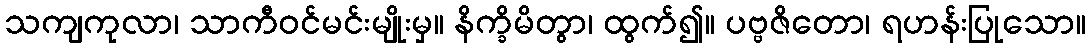
သကျကုလာ၊ သာကီဝင်မင်းမျိုးမှ။ နိက္ခိမိတွာ၊ ထွက်၍။ ပဗ္ဗဇိတော၊ ရဟန်းပြုသော။